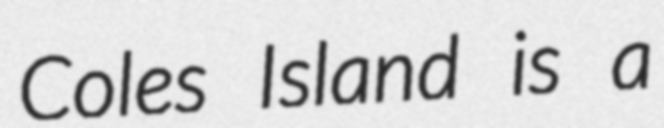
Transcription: Coles Island is a